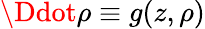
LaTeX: \Ddot{\rho}\equiv g(z,\rho)